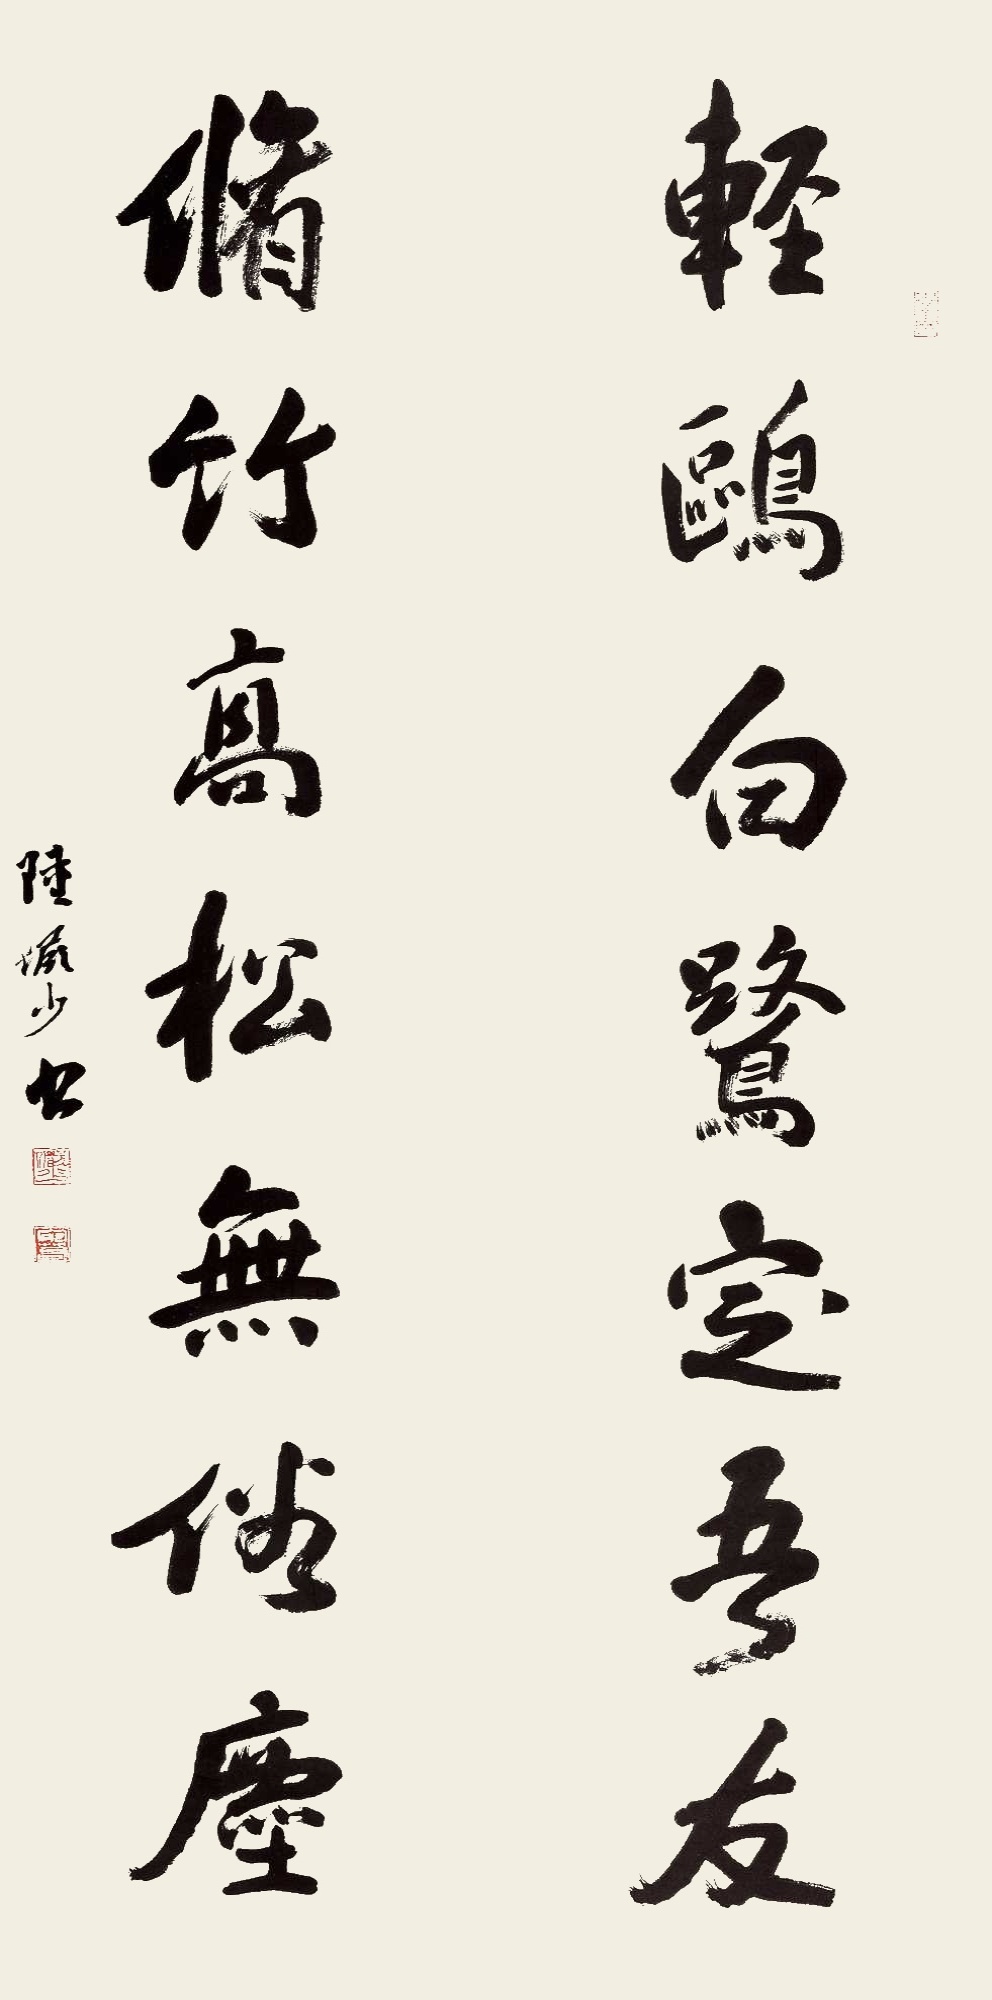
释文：轻鸥白鹭定吾友，修竹高松无俗尘。陆俨少书。